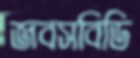
জবসবিডি